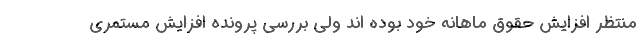
منتظر افزایش حقوق ماهانه خود بوده اند ولی بررسی پرونده افزایش مستمری